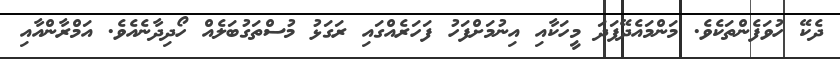
ދެކޭ ހުވަފެންތަކެވެ. މަންމައެދޭފަދަ މީހަކާއި އިނުމަށްފަހު ފަހަރެއްގައި ރަގަޅު މުސްތަގުބަލެއް ހޯދިދާނެއެވެ. އަމްރާންއާއި